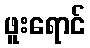
ဖူးရောင်